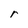
Character: r